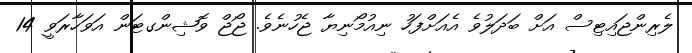
ލެރިންޖައިޓިސް އަށް ބަދަލުވެ އެެއަށްފަހު ނިއުމޯނިޔާ ޖެހުނެވެ. ޖޯޖް ވޮޝިންގޓަން އަވަހާރަވީ 14